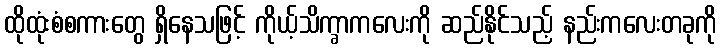
ထိုထုံးစံစကားတွေ ရှိနေသဖြင့် ကိုယ့်သိက္ခာကလေးကို ဆည်နိုင်သည့် နည်းကလေးတခုကို